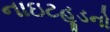
નાઇટહૂડનો